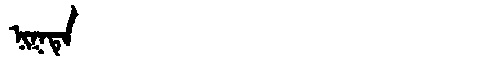
Manchu: ᠨᡳᡴᡨᡝ
Romanization: NIKTE